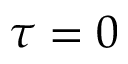
\tau = 0